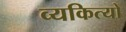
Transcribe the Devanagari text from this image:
व्यकित्यों